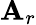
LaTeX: \mathbf{A}_{r}